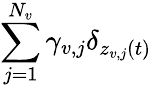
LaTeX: \sum_{j=1}^{N_{v}}\gamma_{v,j}\delta_{z_{v,j}(t)}